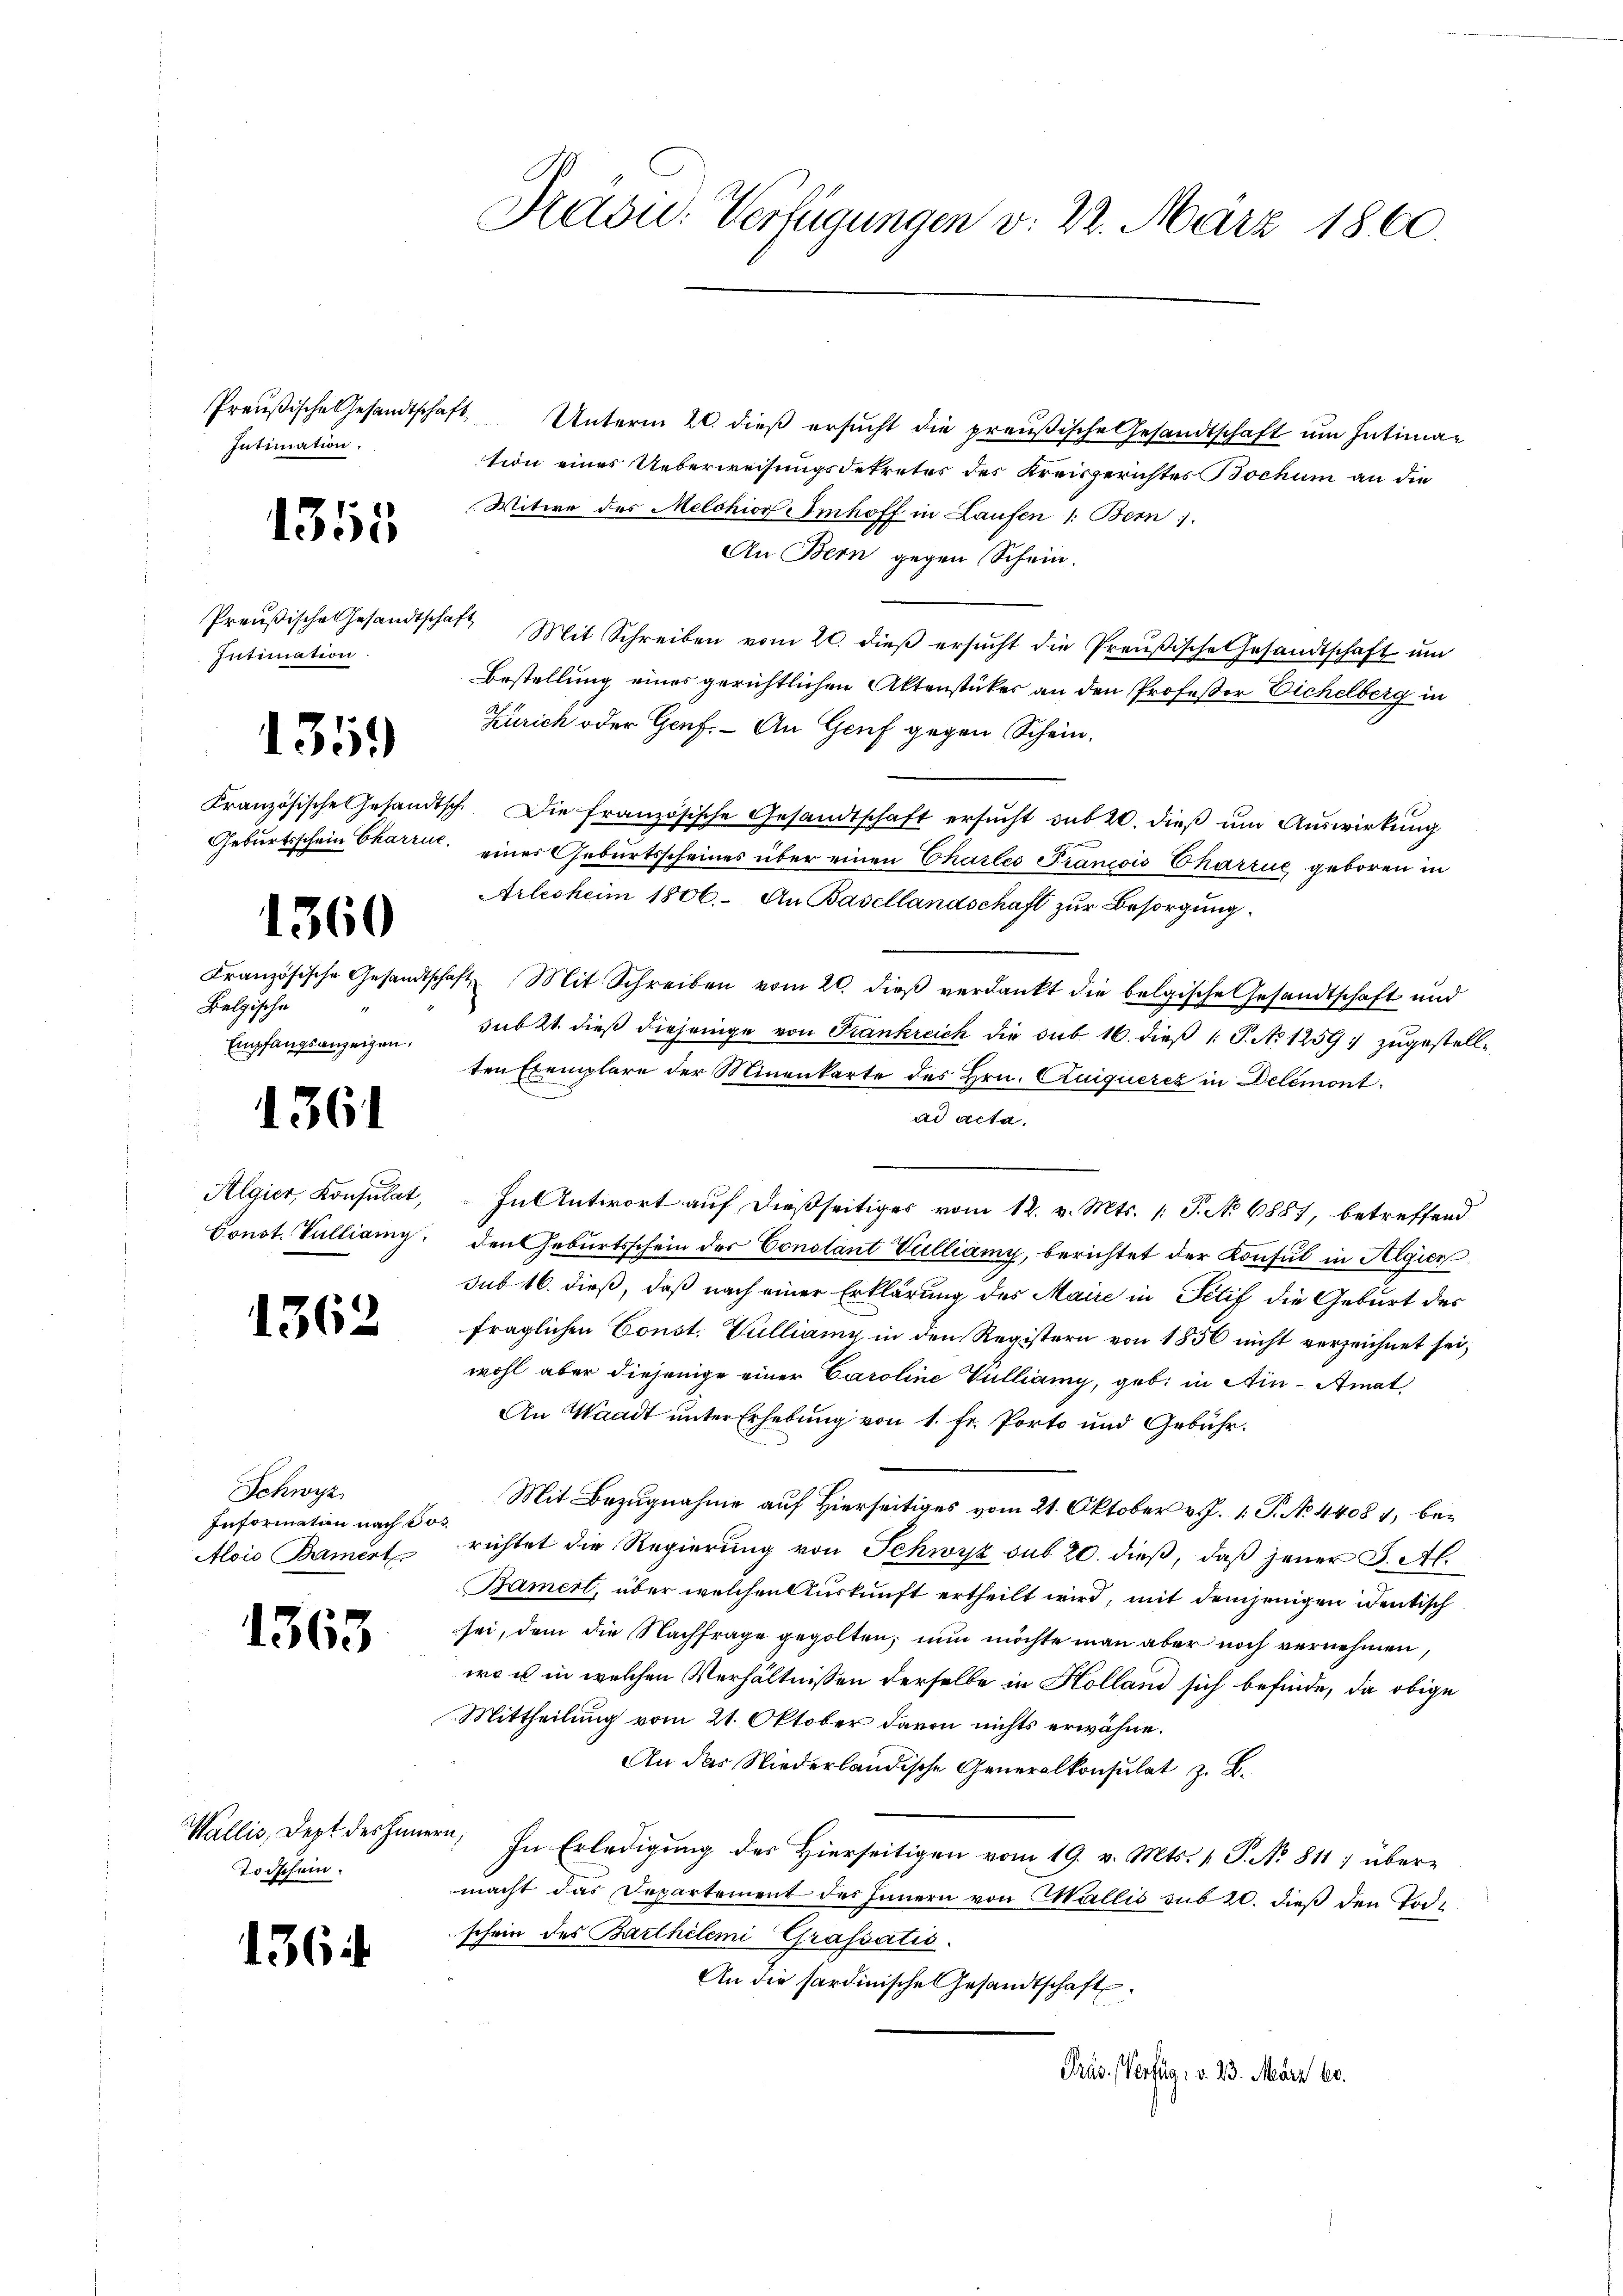
Preußische Gesandtschaft
Intimation.

1355

Intimation.

1359

1360

Belgische
Empfangsanzeigen,

1361

Algier, Konsulat,

1362

Schwyz
Information nach Jos.
Alois Brämert

1363

Wallis, Dept des Han
Todschein.

1364.

Kaou. Verfügungen v. 22. März 1860.

Unterm 20. dieß ersucht die preußische Gesandtschaft um Intimation eines Ueberweisungsdekreter des Kreisgerichtes Bochum an die
Witwe des Melchior Amhoff in Laufen 1: Bern.
An Bern gegen Schein.
Preußische Gesandtschaft Mit Schreiben vom 20. dieβ ersŭcht die Preußische Gesandtschaft ŭm
Bestellung eines gerichtlichen Aktenstückes an den Profeßor Eichelberg in
Zürich oder Genf. – An Genf gegen Schein¬
Kranzösische Gesandtsch. Die französische Gesandtschaft ersŭcht sub 20. dieβ um Auswirkung
Geburtsschein Charin einer Geburtsscheines über einen Charles Francois Charzue geboren in
Arlesheim 1806. An Basellandschaft zur Besorgung.
Französische Gesandtschaft Mit Schreiben vom 20. dieβ verdankt die belgische Gesandtschaft und
sub 2t dieß diejenige von Frankreich die sub 16. dieß 1 S. No 1259; zugestellten Exemplare der Minenkarte des Hrn. Cuiquerez in Delémont.
ad acta.
In Antwort auf dießseitiges vom 12. v. Mts. 1. P. No 6887, betreffend
Const. Vulliany, den Geburtsschein der Constant Vulliany, berichtet der Konsul in Algier
sub 16. dieß, daß nach einer Erklärung des Maire in Titif die Geburt des
fraglichen Const. Vulliany in den Registern von 1856 nicht verzeichnet sei,
wohl aber diejenige einer Caroline Villiany, geb. in Ain-Amat
An Waadt unter Erhebung von 1. Fr. Porto und Gebühr.
Mit Bezugnahme auf Hierseitiges vom 21. Oktober v. J. 1. P. No 44081, berichtet die Regierung von Schwyz sub 20. dieß, daß jener J. Al.
Bamert, über welchen Auskunft ertheilt wird, mit demjenigen identisch
sei, dem die Nachfrage gegolten, nun möchte man aber noch vernehmen,
wo u in welchen Verhältnissen derselbe in Holland sich befinde, da obige
Mittheilung vom 21. Oktober davon nichts erwähne.
An das Niederländische Generalkonsulat z. B.
ern,
In Erledigung des Hierseitigen vom 19. v. Mts. v. P. No 811 ; übermacht das Departement des Innern von Wallis sub 20. dieß den Tode
schein des Barthilemi Grafsatis.
An die hardinische Gesandtschaft
Präs. Verfüg: v. 23. März 60.